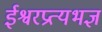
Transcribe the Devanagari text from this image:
ईश्वरप्रत्यभज्ञ